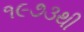
૧૯૭૩થી